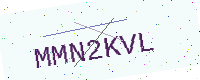
Text: MMN2KVL